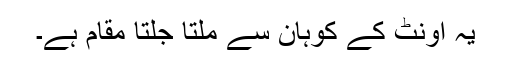
یہ اونٹ کے کوہان سے ملتا جلتا مقام ہے۔